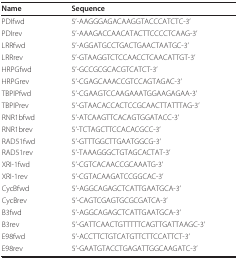
| Name | Sequence |
 | --- | --- |
 | PDIfwd | 5'-AAGGGAGACAAGGTACCCATCTC-3' |
 | PDIrev | 5'-AAAGACCAACATACTTCCCCTCAAG-3' |
 | LRRfwd | 5'-AGGATGCCTGACTGAACTAATGC-3' |
 | LRRrev | 5'-GTAAGGTCTCCAACCTCAACATTGT-3' |
 | HRPGfwd | 5'-GCCGCGCACGTCATCT-3' |
 | HRPGrev | 5'-CGAGCAAACCGTCCAGTAGAC-3' |
 | TBPIPfwd | 5'-CGAAGTCCAAGAAATGGAAGAGAA-3' |
 | TBPIPrev | 5'-GTAACACCACTCCGCAACTTATTTAG-3' |
 | RNR1bfwd | 5'-ATCAAGTTCACAGTGGATACC-3' |
 | RNR1brev | 5'-TCTAGCTTCCACACGCC-3' |
 | RAD51fwd | 5'-GTTTGGCTTGAATGGCG-3' |
 | RAD51rev | 5'-TAAAGGGCTGTAGCACTAT-3' |
 | XRI-1fwd | 5'-CGTCACAACCGCAAATG-3' |
 | XRI-1rev | 5'-CGTACAAGATCCGGCAC-3' |
 | CycBfwd | 5'-AGGCAGAGCTCATTGAATGCA-3' |
 | CycBrev | 5'-CAGTCGAGTGCGCGATCA-3' |
 | B3fwd | 5'-AGGCAGAGCTCATTGAATGCA-3' |
 | B3rev | 5'-GATTCAACTGTTTTTCAGTTGATTAAGC-3' |
 | E98fwd | 5'-ACCTTCTGTCATGTTCTTCCATTCT-3' |
 | E98rev | 5'-GAATGTACCTGAGATTGGCAAGATC-3' |